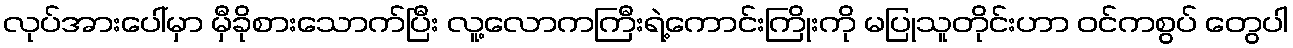
လုပ်အားပေါ်မှာ မှီခိုစားသောက်ပြီး လူ့လောကကြီးရဲ့ကောင်းကြိုးကို မပြုသူတိုင်းဟာ ဝင်ကစွပ် တွေပါ